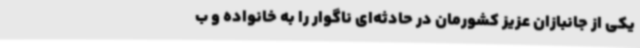
یکی از جانبازان عزیز کشورمان در حادثه‌ای ناگوار را به خانواده و ب